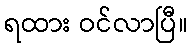
ရထား ဝင်လာပြီ။